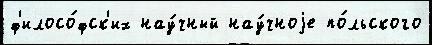
ф'илосо́фск'их нау́чный нау́чноjе по́льского